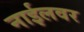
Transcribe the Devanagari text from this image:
नाईलवर